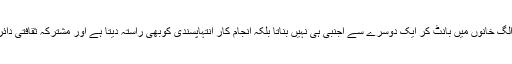
یہ بیانیہ صرف عقائد کی بنیاد پر الگ الگ خانوں میں بانٹ کر ایک دوسرے سے اجنبی ہی نہیں بناتا بلکہ انجام کار انتہاپسندی کوبھی راستہ دیتا ہے اور مشترکہ ثقافتی دائرے کوبھی حصوں میں تقسیم کرتا ہے۔